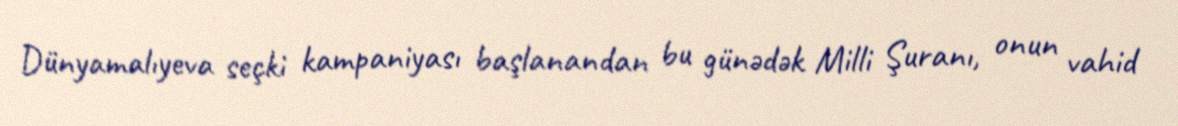
Dünyamalıyeva seçki kampaniyası başlanandan bu günədək Milli Şuranı, onun vahid